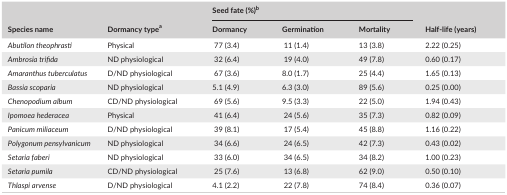
<table><thead><tr><td rowspan="2"><b>Species name</b></td><td rowspan="2"><b>Dormancy typea</b></td><td colspan="3"><b>Seed fate (%)b</b></td><td rowspan="2"><b>Half‐life (years)</b></td></tr><tr><td><b>Dormancy</b></td><td><b>Germination</b></td><td><b>Mortality</b></td></tr></thead><tbody><tr><td><i>Abutilon theophrasti</i></td><td>Physical</td><td>77 (3.4)</td><td>11 (1.4)</td><td>13 (3.8)</td><td>2.22 (0.25)</td></tr><tr><td><i>Ambrosia trifida</i></td><td>ND physiological</td><td>32 (6.4)</td><td>19 (4.0)</td><td>49 (7.8)</td><td>0.60 (0.17)</td></tr><tr><td><i>Amaranthus tuberculatus</i></td><td>D/ND physiological</td><td>67 (3.6)</td><td>8.0 (1.7)</td><td>25 (4.4)</td><td>1.65 (0.13)</td></tr><tr><td><i>Bassia scoparia</i></td><td>ND physiological</td><td>5.1 (4.9)</td><td>6.3 (3.0)</td><td>89 (5.6)</td><td>0.25 (0.00)</td></tr><tr><td><i>Chenopodium album</i></td><td>CD/ND physiological</td><td>69 (5.6)</td><td>9.5 (3.3)</td><td>22 (5.0)</td><td>1.94 (0.43)</td></tr><tr><td><i>Ipomoea hederacea</i></td><td>Physical</td><td>41 (6.4)</td><td>24 (5.6)</td><td>35 (7.3)</td><td>0.82 (0.09)</td></tr><tr><td><i>Panicum miliaceum</i></td><td>D/ND physiological</td><td>39 (8.1)</td><td>17 (5.4)</td><td>45 (8.8)</td><td>1.16 (0.22)</td></tr><tr><td><i>Polygonum pensylvanicum</i></td><td>ND physiological</td><td>34 (6.6)</td><td>24 (6.5)</td><td>42 (7.3)</td><td>0.43 (0.02)</td></tr><tr><td><i>Setaria faberi</i></td><td>ND physiological</td><td>33 (6.0)</td><td>34 (6.5)</td><td>34 (8.2)</td><td>1.00 (0.23)</td></tr><tr><td><i>Setaria pumila</i></td><td>CD/ND physiological</td><td>25 (7.6)</td><td>13 (6.8)</td><td>62 (9.0)</td><td>0.50 (0.10)</td></tr><tr><td><i>Thlaspi arvense</i></td><td>D/ND physiological</td><td>4.1 (2.2)</td><td>22 (7.8)</td><td>74 (8.4)</td><td>0.36 (0.07)</td></tr></tbody></table>